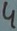
Text: 4